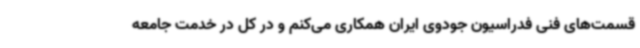
قسمت‌های فنی فدراسیون جودوی ایران همکاری می‌کنم و در کل در خدمت جامعه